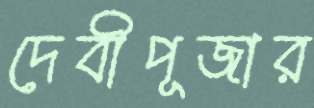
দেবীপূজার